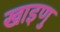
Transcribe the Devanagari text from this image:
खाइणु